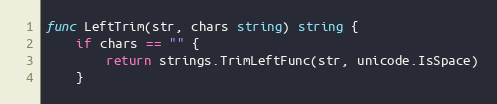
Language: Go
func LeftTrim(str, chars string) string {
	if chars == "" {
		return strings.TrimLeftFunc(str, unicode.IsSpace)
	}